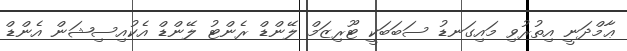
ޢާމްދަނީ އިތުރުވި މައިގަނޑު ސަބަބަކީ ޓޫރިޒަމް ލޭންޑް ރެންޓު ލޭންޑް އެކުއިސިޝަން އެންޑް